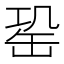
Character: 𦈩